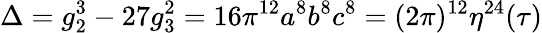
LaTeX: \Delta=g_{2}^{3}-27g_{3}^{2}=16\pi^{12}a^{8}b^{8}c^{8}=(2\pi)^{12}\eta^{24}(\tau)